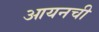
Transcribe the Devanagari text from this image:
आयनची